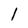
Character: 1